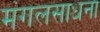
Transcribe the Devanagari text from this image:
मंगलसाधना